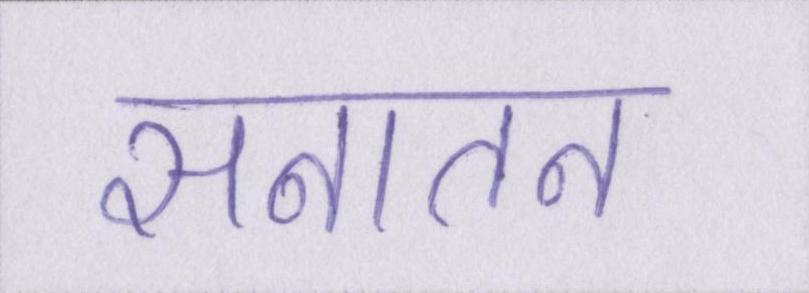
सनातन